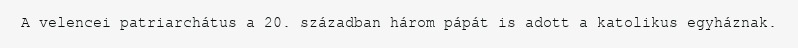
A velencei patriarchátus a 20. században három pápát is adott a katolikus egyháznak.